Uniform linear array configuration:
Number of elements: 48
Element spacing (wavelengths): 0.25
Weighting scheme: kaiser
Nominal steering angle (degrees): -45
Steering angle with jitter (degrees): -43.995
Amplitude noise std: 0.05
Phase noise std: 0.05

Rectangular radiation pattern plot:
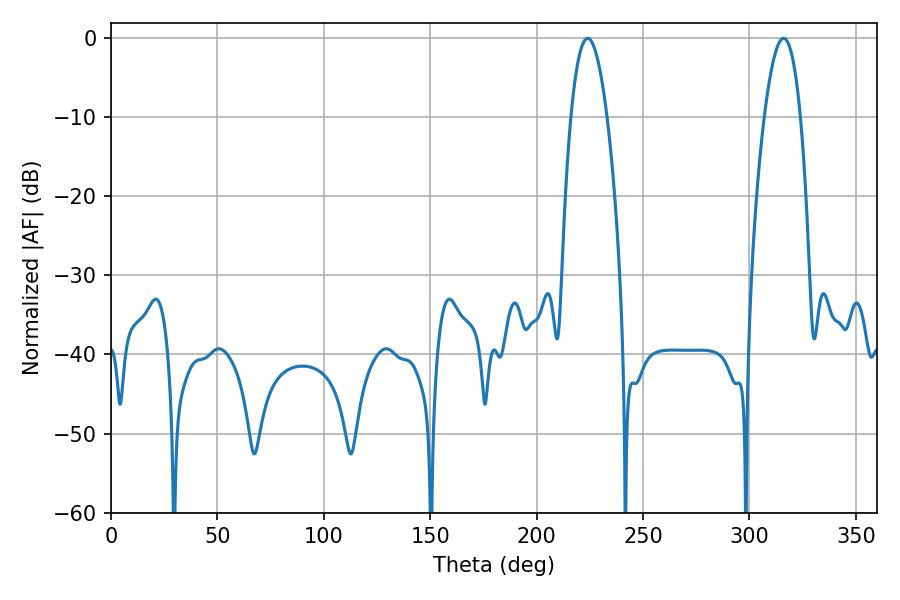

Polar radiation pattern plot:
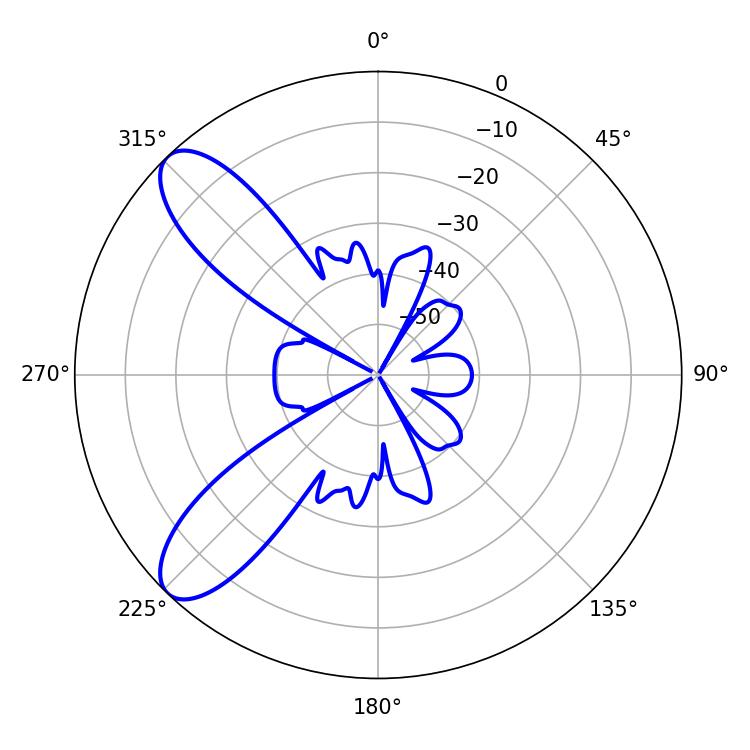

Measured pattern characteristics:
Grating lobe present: FALSE
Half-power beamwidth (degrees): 9.36
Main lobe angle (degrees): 223.92